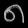
Digit: ၈